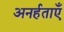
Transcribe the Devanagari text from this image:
अनर्हताएँ